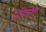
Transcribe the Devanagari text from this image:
उन्ग्लियू